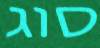
סוג